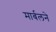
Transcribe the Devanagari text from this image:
मार्बलने